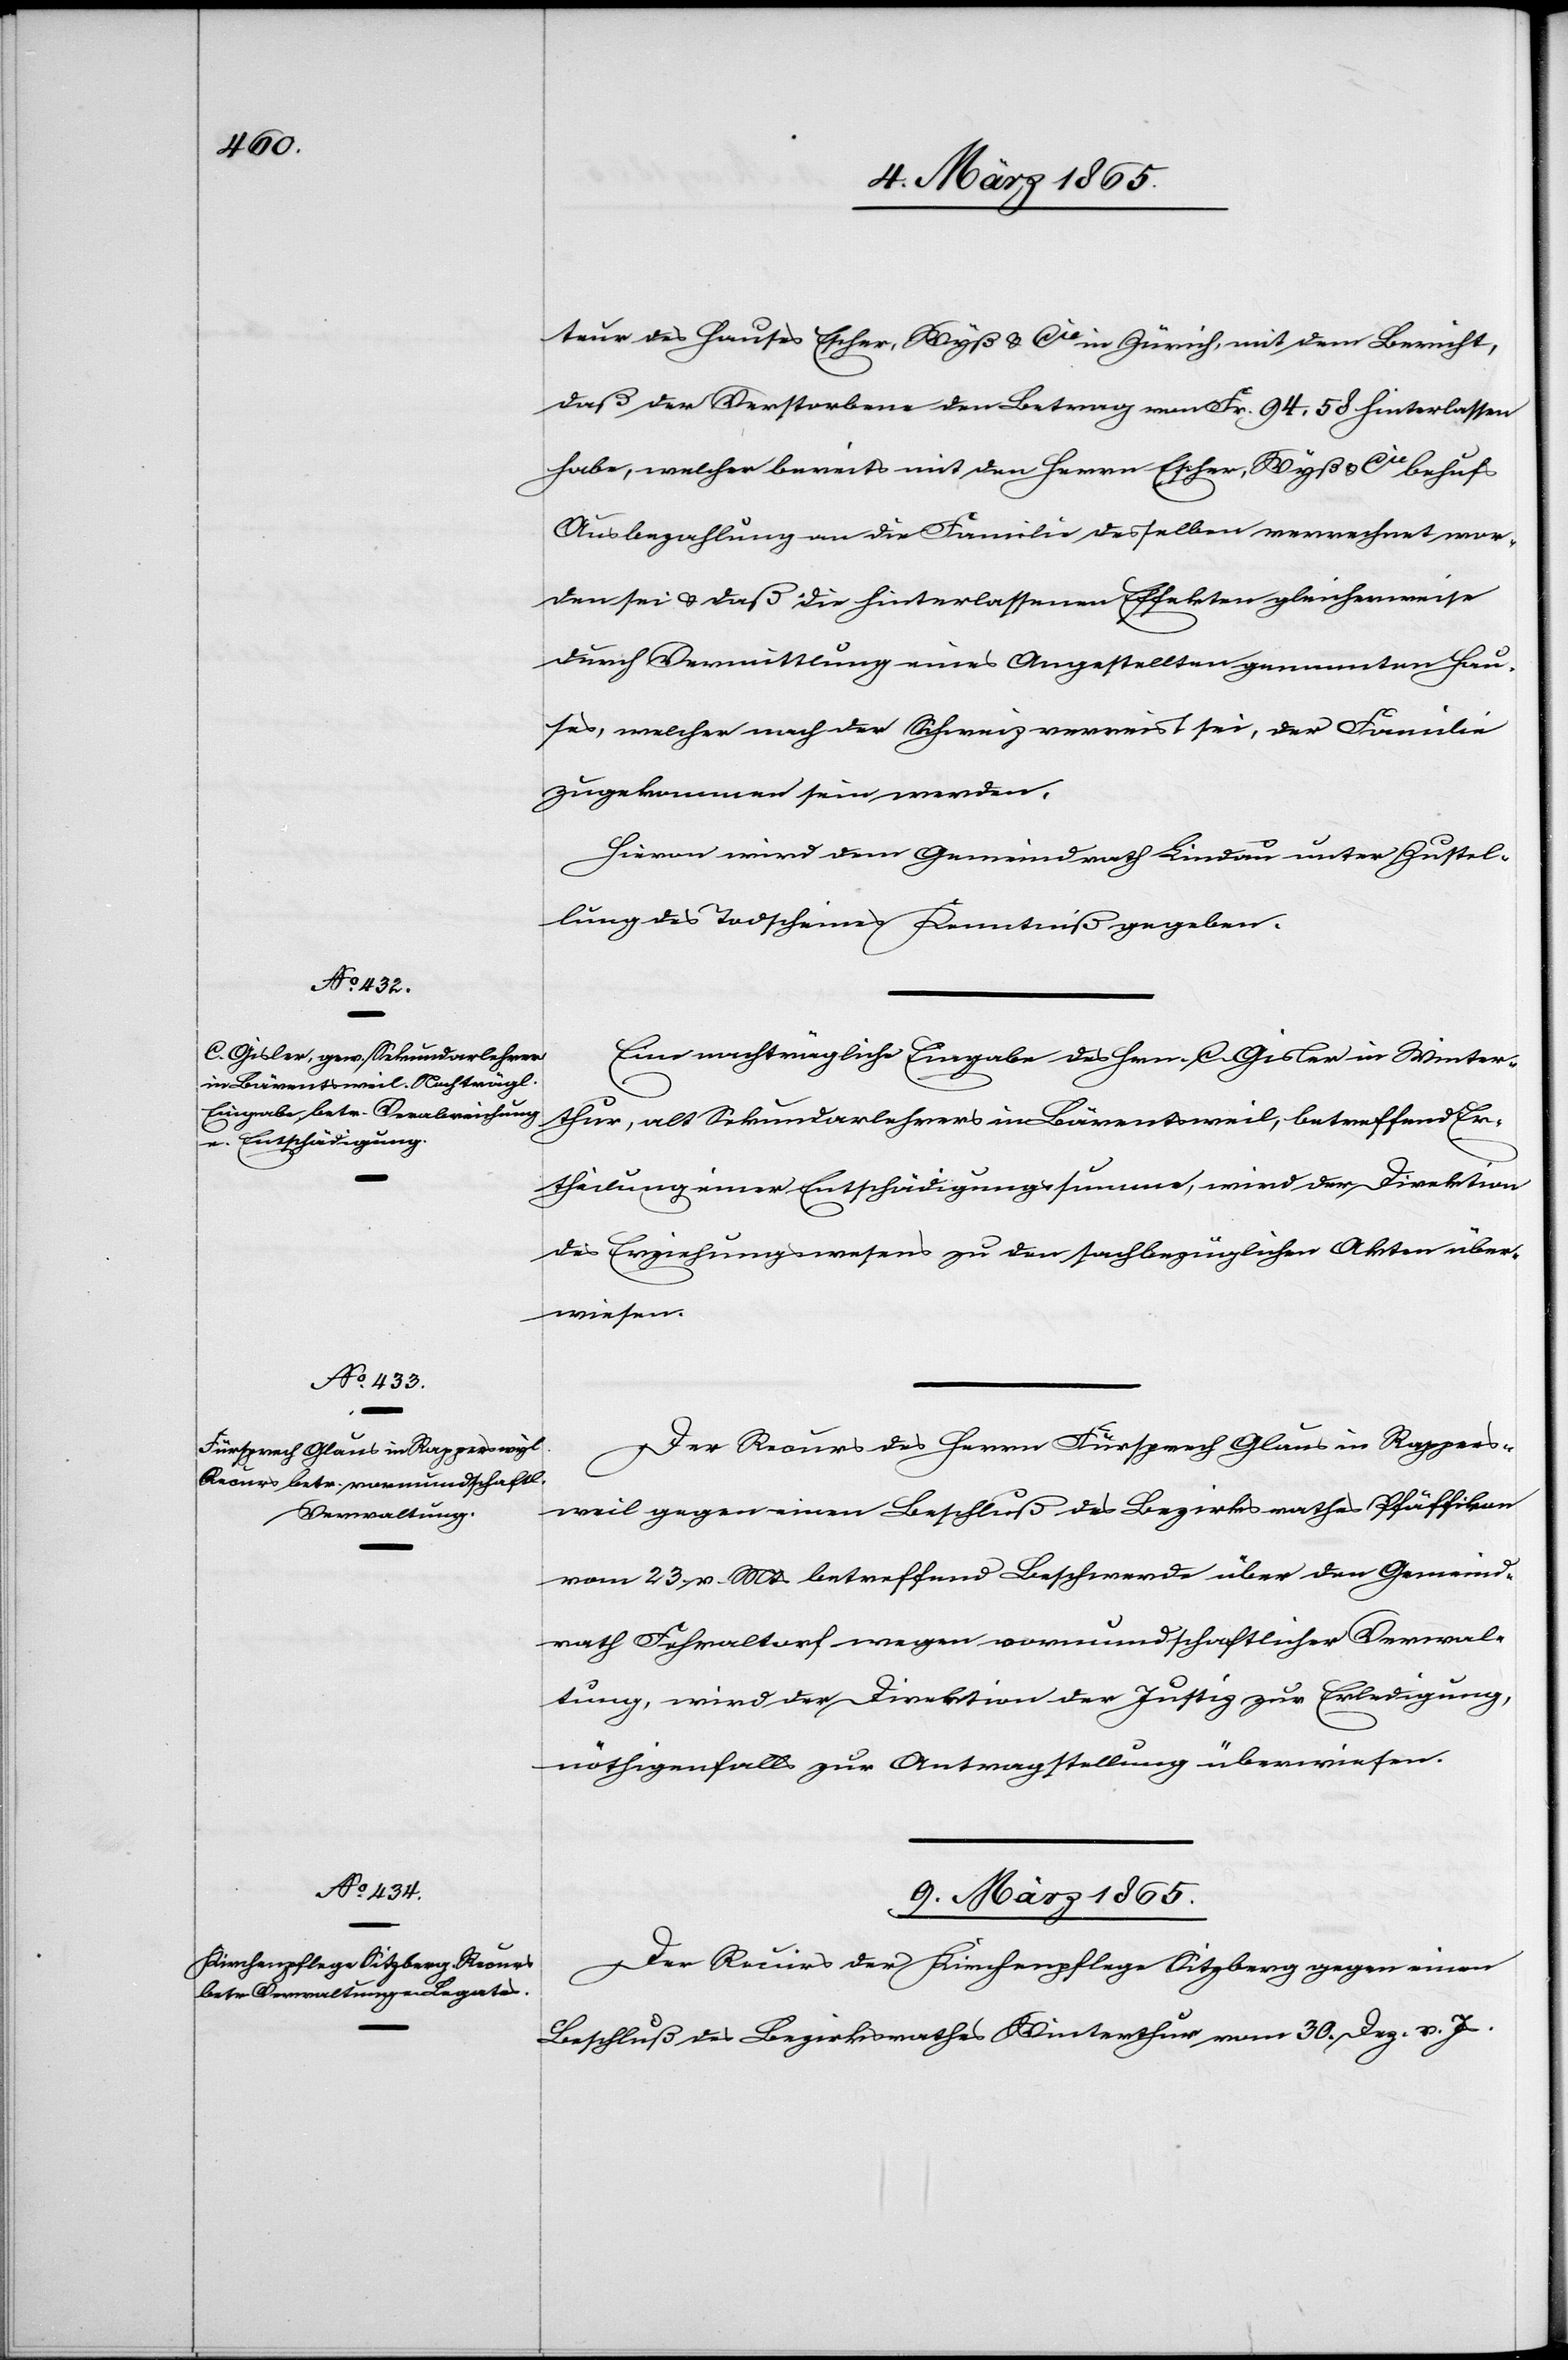
8. März 1865.]
teur des Hauses Escher, Wyß u. Cie in Zürich, mit dem Bericht,
daß der Verstorbene den Betrag von Fr. 94. 58 hinterlassen
habe, welcher bereits mit den Herrn Escher, Wyß u. Cie behufs
Ausbezahlung an die Familie desselben verrechnet wor¬
den sei u. daß die hinterlassenen Effekten gleicherweise
durch Vermittlung eines Angestellten genannten Hau¬
ses, welcher nach der Schweiz verreist sei, der Familie
zugekommen sein werden.
Hievon wird dem Gemeindrath Lindau unter Zustel¬
lung des Todscheines Kenntniß gegeben.
Eine nachträgliche Eingabe des Hrn. C. Gisler in Winter¬
thur, alt Sekundarlehrers in Bärentsweil, betreffend Er¬
theilung einer Entschädigungssumme, wird der Direktion
des Erziehungswesens zu den sachbezüglichen Akten über¬
wiesen.
Der Recurs des Herrn Fürsprech Glaus in Rappers¬
weil gegen einen Beschluß des Bezirksrathes Pfäffikon
vom 23. v. Mts betreffend Beschwerde über den Gemeind¬
rath Fehraltorf wegen vormundschaftlicher Verwal¬
tung, wird der Direktion der Justiz zur Erledigung,
nöthigenfalls zur Antragstellung überwiesen.
9. März 1865.
Der Recurs der Kirchenpflege Sitzberg gegen einen
Beschluß des Bezirksrathes Winterthur vom 30. Dez. v. Js.